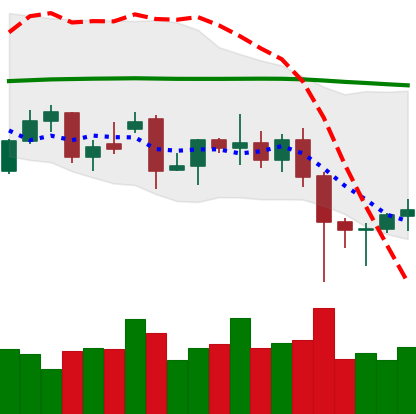
Ticker: XMR-USD
Chart end date: 2021-12-08
Forward return: -12.285%
Label: down_7plus